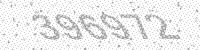
Solution: 396972